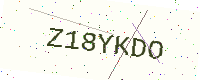
Text: Z18YKDO